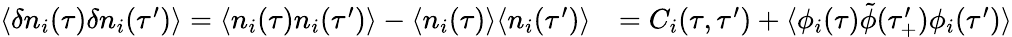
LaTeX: \begin{array}{rl}{\langle\delta n_{i}(\tau)\delta n_{i}(\tau^{\prime})\rangle=\langle n_{i}(\tau)n_{i}(\tau^{\prime})\rangle-\langle n_{i}(\tau)\rangle\langle n_{i}(\tau^{\prime})\rangle}&{=C_{i}(\tau,\tau^{\prime})+\langle\phi_{i}(\tau)\tilde{\phi}(\tau_{+}^{\prime})\phi_{i}(\tau^{\prime})\rangle}\end{array}